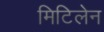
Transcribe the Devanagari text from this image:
मिटिलेन